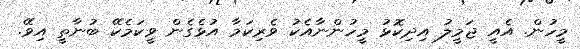
މީހުން. އެއީ ޖަމީލު އިދިކޮޅު މީހުންނާއެކު ވެރިކަމާ އުޅެގެން ވީކަމެކޭ ބުނާތީ އިވޭ.